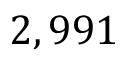
2 , 9 9 1